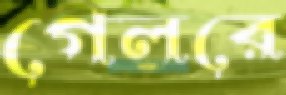
গেলরে